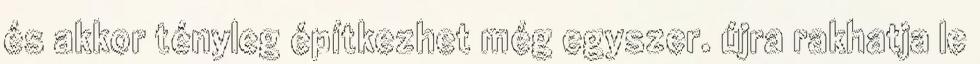
és akkor tényleg építkezhet még egyszer. újra rakhatja le